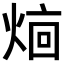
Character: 𬊥